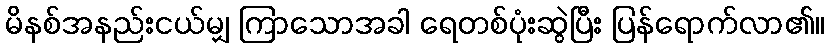
မိနစ်အနည်းငယ်မျှ ကြာသောအခါ ရေတစ်ပုံးဆွဲပြီး ပြန်ရောက်လာ၏။